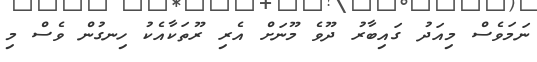
ނަމަވެސް މިއަދު ގައިބާރު ދޫވެ މޫނަށް އެރި ރޫތަކާއެކު ހިނގުން ވެސް މި